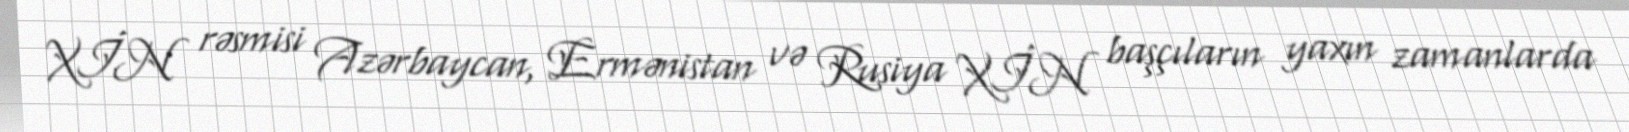
XİN rəsmisi Azərbaycan, Ermənistan və Rusiya XİN başçıların yaxın zamanlarda